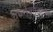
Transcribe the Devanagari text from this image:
चार्नोकाइट्स